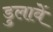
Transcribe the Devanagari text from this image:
डुलावें